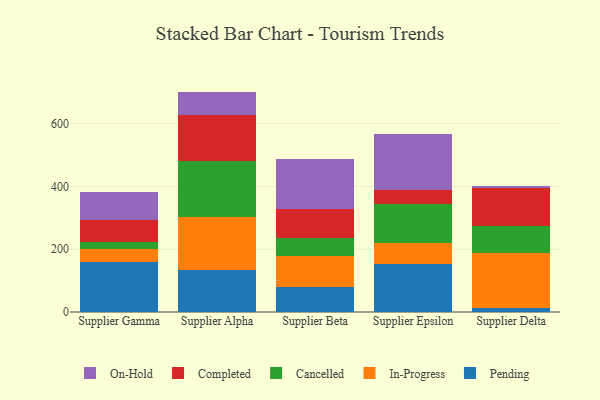
{"axis": {"x": "Supplier", "y": "Satisfaction Score"}, "legend": ["Cancelled", "Completed", "In-Progress", "On-Hold", "Pending"], "data": [{"x": "Supplier Gamma", "y": 159.9, "type": "Pending"}, {"x": "Supplier Gamma", "y": 39.7, "type": "In-Progress"}, {"x": "Supplier Gamma", "y": 24.7, "type": "Cancelled"}, {"x": "Supplier Gamma", "y": 69.2, "type": "Completed"}, {"x": "Supplier Gamma", "y": 87.7, "type": "On-Hold"}, {"x": "Supplier Alpha", "y": 133.6, "type": "Pending"}, {"x": "Supplier Alpha", "y": 169.9, "type": "In-Progress"}, {"x": "Supplier Alpha", "y": 177.1, "type": "Cancelled"}, {"x": "Supplier Alpha", "y": 145.5, "type": "Completed"}, {"x": "Supplier Alpha", "y": 75.8, "type": "On-Hold"}, {"x": "Supplier Beta", "y": 78.6, "type": "Pending"}, {"x": "Supplier Beta", "y": 98.6, "type": "In-Progress"}, {"x": "Supplier Beta", "y": 57.9, "type": "Cancelled"}, {"x": "Supplier Beta", "y": 91.7, "type": "Completed"}, {"x": "Supplier Beta", "y": 159.2, "type": "On-Hold"}, {"x": "Supplier Epsilon", "y": 154.4, "type": "Pending"}, {"x": "Supplier Epsilon", "y": 65.6, "type": "In-Progress"}, {"x": "Supplier Epsilon", "y": 124.1, "type": "Cancelled"}, {"x": "Supplier Epsilon", "y": 43.4, "type": "Completed"}, {"x": "Supplier Epsilon", "y": 178.3, "type": "On-Hold"}, {"x": "Supplier Delta", "y": 12.6, "type": "Pending"}, {"x": "Supplier Delta", "y": 176.0, "type": "In-Progress"}, {"x": "Supplier Delta", "y": 85.6, "type": "Cancelled"}, {"x": "Supplier Delta", "y": 121.5, "type": "Completed"}, {"x": "Supplier Delta", "y": 6.3, "type": "On-Hold"}]}